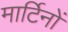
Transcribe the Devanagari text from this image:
मार्टिनों